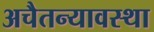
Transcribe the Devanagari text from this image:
अचैतन्यावस्था